Punjab Mental Hospital Lahore 1932-46 - 1932-1946
Year: 1932
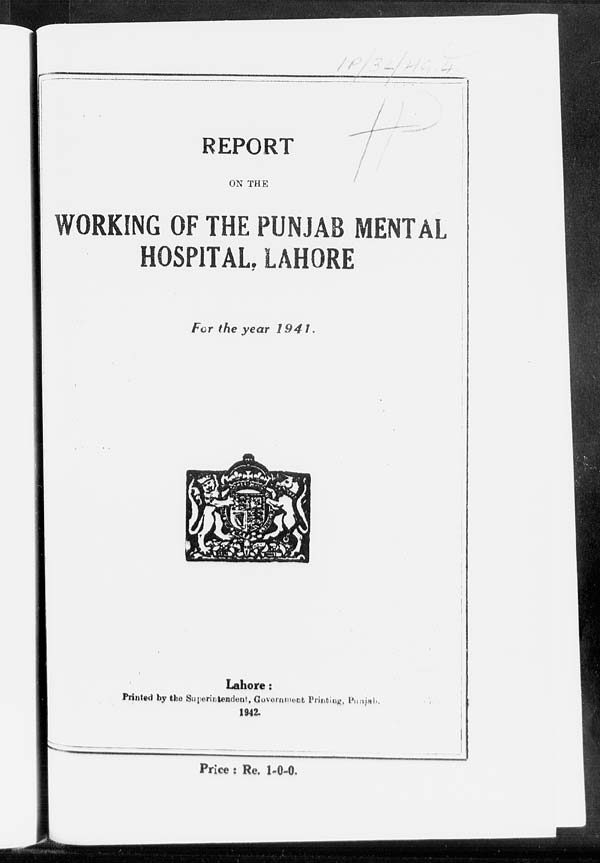
REPORT
ON THE
WORKING OF THE PUNJAB MENTAL
HOSPITAL, LAHORE
For the year
1941.
Lahore:
Printed by the Superintendent, Government Printing, Punjab,
1942.
Price : Re. 1-0-0.